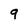
Character: 9